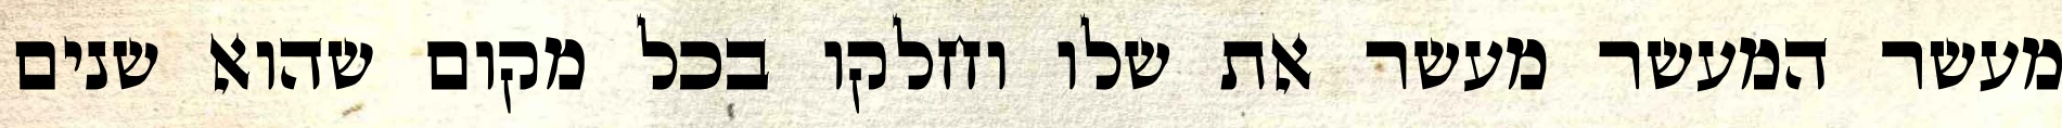
מעשר המעשר מעשר את שלו וחלקו בכל מקום שהוא שנים